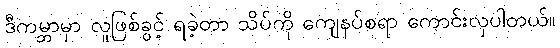
ဒီကမ္ဘာမှာ လူဖြစ်ခွင့် ရခဲ့တာ သိပ်ကို ကျေနပ်စရာ ကောင်းလှပါတယ်။